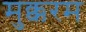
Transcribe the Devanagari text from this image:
मुक्करम